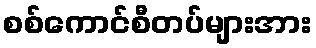
စစ်ကောင်စီတပ်များအား